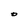
Character: O